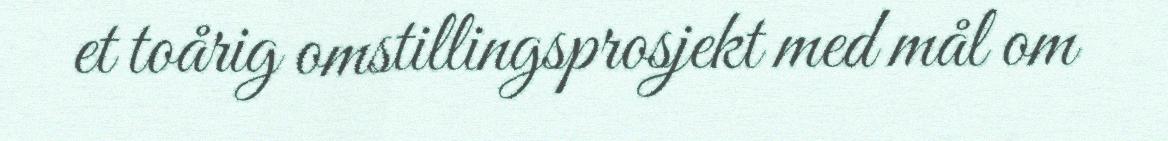
et toårig omstillingsprosjekt med mål om